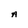
Character: A